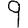
Digit: 9